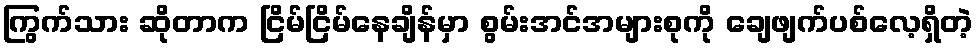
ကြွက်သား ဆိုတာက ငြိမ်ငြိမ်နေချိန်မှာ စွမ်းအင်အများစုကို ချေဖျက်ပစ်လေ့ရှိတဲ့